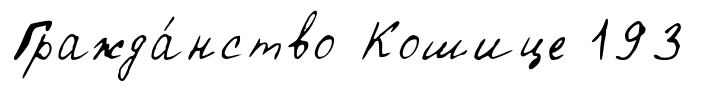
Гражда́нство Кошице 193